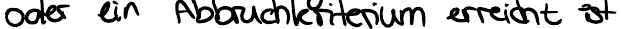
oder ein Abbruchkriterium erreicht ist